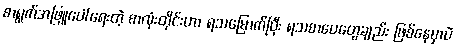
စာရွက်အဖြူပေါ်ရေးတဲ့ စာလုံးတိုင်းဟာ ရသမြောက်ပြီး ရသစာပေတွေချည်း ဖြစ်နေမှာပဲ